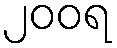
၂၀၀ရ